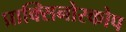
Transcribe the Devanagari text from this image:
प्राक्सिनोस्कोप